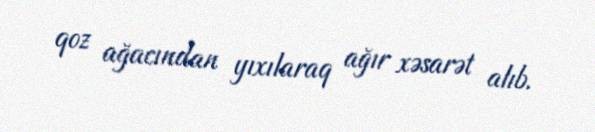
qoz ağacından yıxılaraq ağır xəsarət alıb.